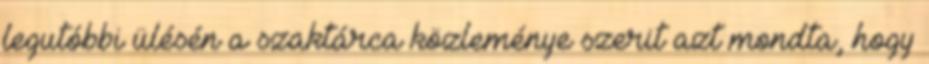
legutóbbi ülésén a szaktárca közleménye szerit azt mondta, hogy